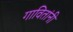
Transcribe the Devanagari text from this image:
गावितांनी